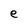
Character: e